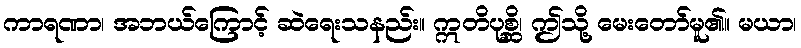
ကာရဏာ၊ အဘယ်ကြောင့် ဆဲရေးသနည်း။ ဣတိပုစ္ဆိ၊ ဤသို့ မေးတော်မူ၏။ မယာ၊